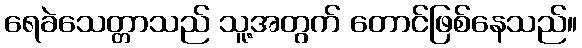
ရေခဲသေတ္တာသည် သူ့အတွက် တောင်ဖြစ်နေသည်။